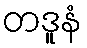
တဒူနံ